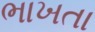
ભાખતા